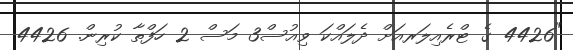
"4426 ގެ ޓްރެއިލަރއަށް ދެލައްކަ ވިއުސް3 މަސް 2 ހަފްތާ ކުރިން. 4426